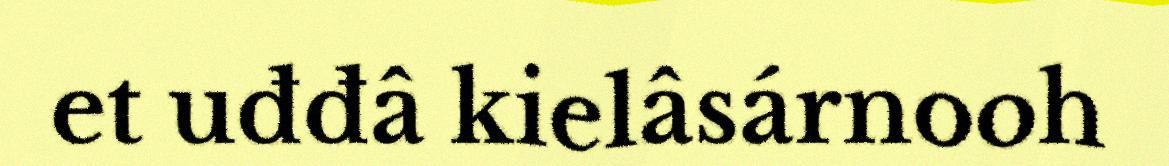
et uđđâ kielâsárnooh